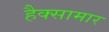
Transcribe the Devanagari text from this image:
हैक्सामार